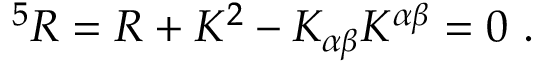
^ 5 R = R + K ^ { 2 } - K _ { \alpha \beta } K ^ { \alpha \beta } = 0 ~ .